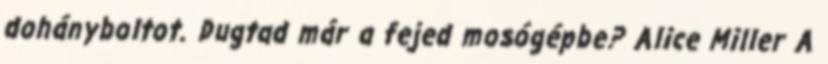
dohányboltot. Dugtad már a fejed mosógépbe? Alice Miller A